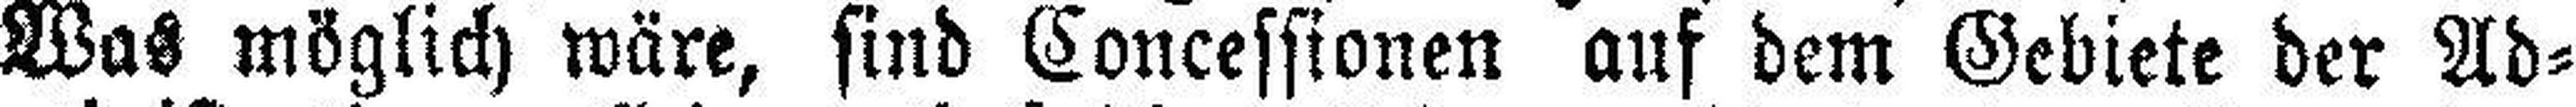
Was möglich wäre, sind Concessionen auf dem Gebiete der Ad¬